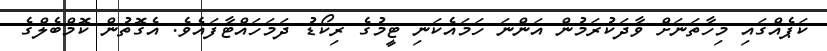
ކަޕެއްގައި މިހާތަނަށް ވާދަކުރަމުން އަންނަ ހަމައެކަނި ޓީމުގެ ރިކޯޑު ދަމަހައްޓާފައެވެ. އެގޮތުން ކޮމްބެލްގެ